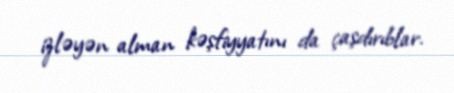
izləyən alman kəşfiyyatını da çaşdırıblar.